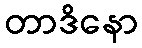
တာဒိနော